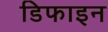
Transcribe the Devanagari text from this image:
डिफाइन